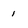
Character: 1